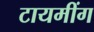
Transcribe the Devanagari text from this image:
टायमींग